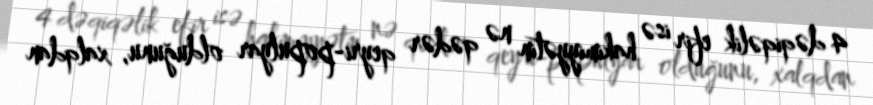
4 dəqiqəlik efir isə hakimiyyətin nə qədər qeyri-populyar olduğunu, xalqdan